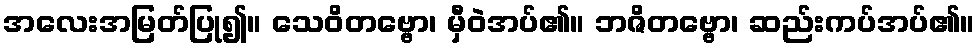
အလေးအမြတ်ပြု၍။ သေဝိတဗ္ဗော၊ မှီဝဲအပ်၏။ ဘဇိတဗ္ဗော၊ ဆည်းကပ်အပ်၏။